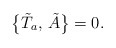
\begin{align*}\bigl\{\tilde T_a,\,\tilde A\bigr\}=0.\end{align*}